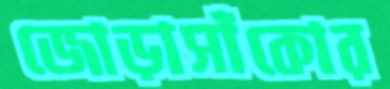
জোড়াসাঁকোর